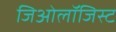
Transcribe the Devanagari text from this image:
जिओलॉजिस्ट